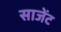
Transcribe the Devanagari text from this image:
साजेंट